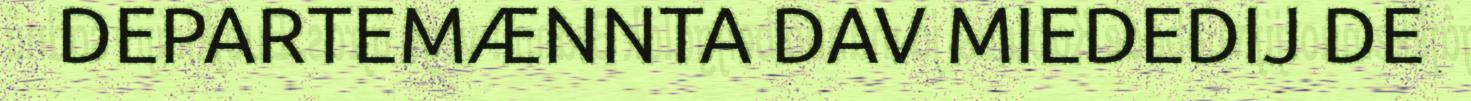
DEPARTEMÆNNTA DAV MIEDEDIJ DE